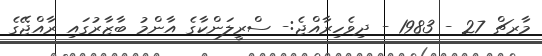
މާރޗް 27 - 1983 - ދިވެހިރާއްޖެ:- ސްރީލަންކާގެ އާންމު ބާޒާރުގައި ރާއްޖޭގެ